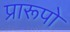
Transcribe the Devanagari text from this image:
प्रारूपो